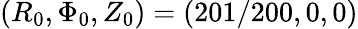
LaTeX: (R_{0},\Phi_{0},Z_{0})=(201/200,0,0)